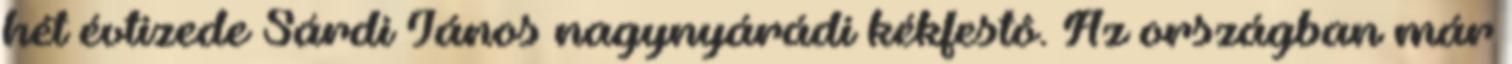
hét évtizede Sárdi János nagynyárádi kékfestô. Az országban már